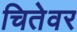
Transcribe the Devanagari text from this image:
चितेवर